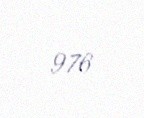
976